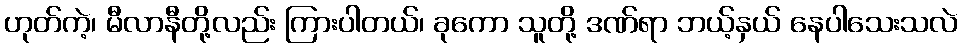
ဟုတ်ကဲ့၊ မီလာနီတို့လည်း ကြားပါတယ်၊ ခုကော သူတို့ ဒဏ်ရာ ဘယ့်နှယ် နေပါသေးသလဲ